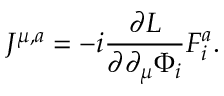
J ^ { \mu , a } = - i \frac { \partial \cal L } { \partial \partial _ { \mu } \Phi _ { i } } F _ { i } ^ { a } .